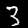
Digit: 3